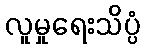
လူမှုရေးသိပ္ပံ